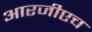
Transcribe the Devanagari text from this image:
आरजीएच